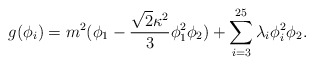
\begin{align*}g(\phi_i)=m^2(\phi_1-\frac{{\sqrt{2}}\kappa^2}{3}\phi_1^2\phi_2)+\sum_{i=3}^{25} \lambda_i\phi_i^2\phi_2.\end{align*}